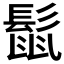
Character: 𮫈